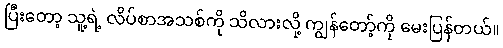
ပြီးတော့ သူ့ရဲ့ လိပ်စာအသစ်ကို သိလားလို့ ကျွန်တော့်ကို မေးပြန်တယ်။